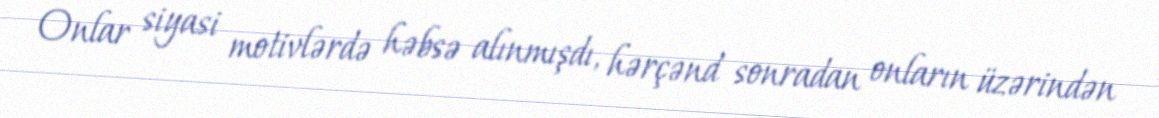
Onlar siyasi motivlərdə həbsə alınmışdı, hərçənd sonradan onların üzərindən